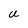
Character: u